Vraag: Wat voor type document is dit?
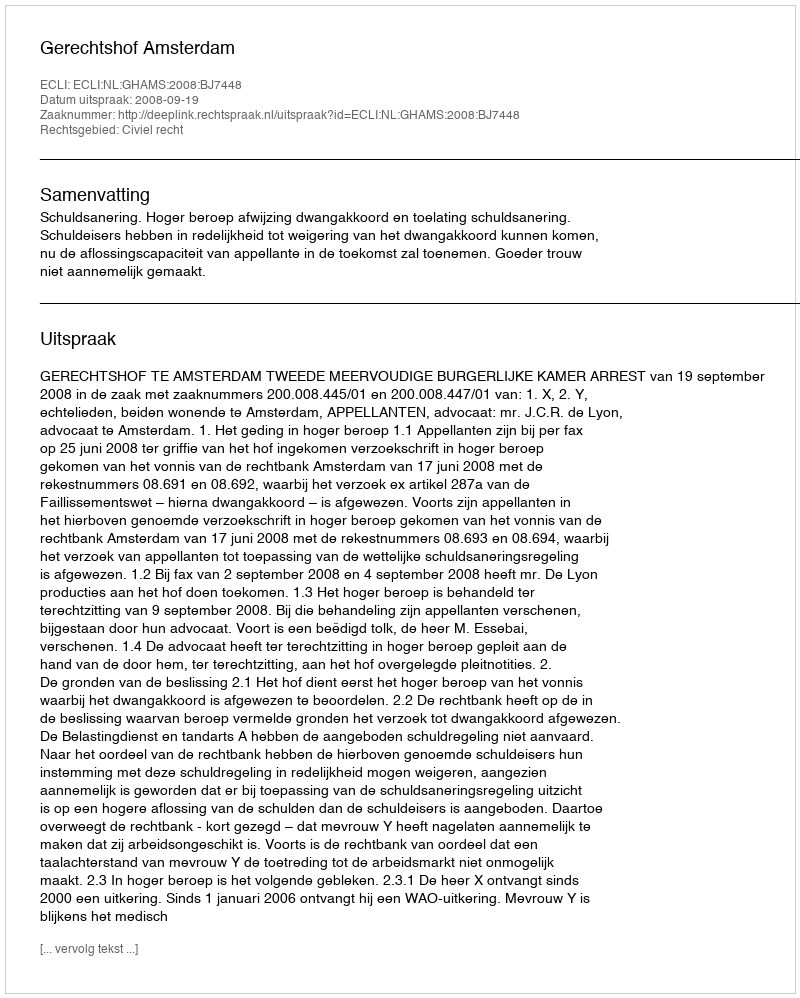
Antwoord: Uitspraak